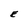
Character: E